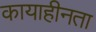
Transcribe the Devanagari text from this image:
कायाहीनता